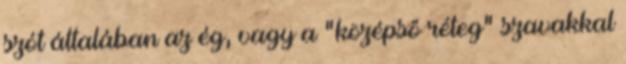
szót általában az ég, vagy a "középső réteg" szavakkal